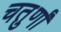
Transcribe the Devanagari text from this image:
चतुर्णां